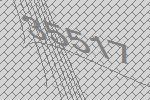
35517